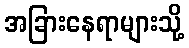
အခြားနေရာများသို့